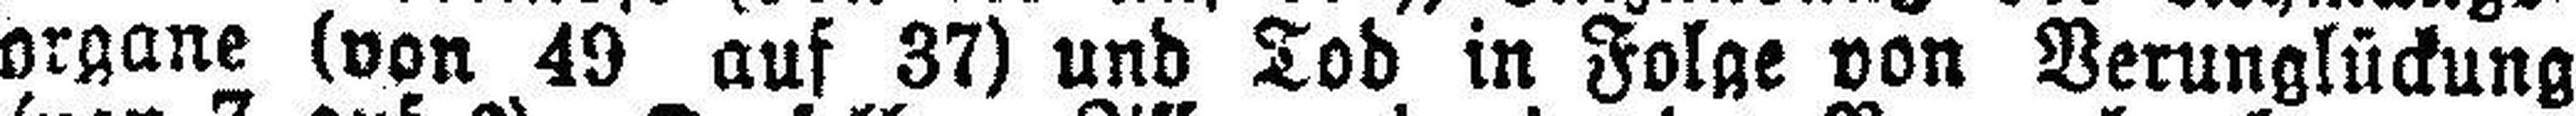
organe (von 49 auf 37) und Tod in Folge von Verunglückung